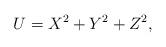
LaTeX: \begin{align*} U=X^2+Y^2+Z^2,\end{align*}